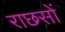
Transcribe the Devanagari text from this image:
राछसों